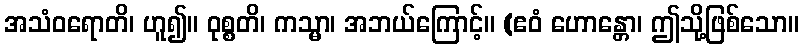
အသံဝရောတိ၊ ဟူ၍။ ဝုစ္စတိ၊ ကသ္မာ၊ အဘယ်ကြောင့်။ (ဧဝံ ဟောန္တော၊ ဤသို့ဖြစ်သော။